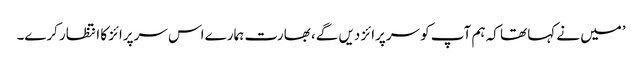
’میں نے کہا تھا کہ ہم آپ کو سرپرائز دیں گے، بھارت ہمارے اس سرپرائز کا انتظار کرے۔